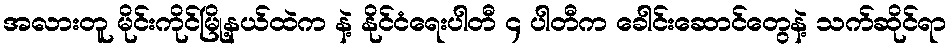
အလားတူ မိုင်းကိုင်မြို့နယ်ထဲက နဲ့ နိုင်ငံရေးပါတီ ၄ ပါတီက ခေါင်းဆောင်တွေနဲ့ သက်ဆိုင်ရာ